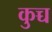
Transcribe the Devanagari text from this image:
कुच्च